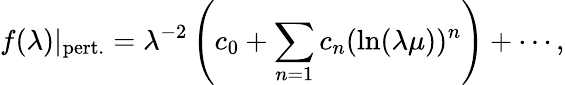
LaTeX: f(\lambda)\vert_{\mathrm{pert.}}=\lambda^{-2}\left(c_{0}+\sum_{n=1}c_{n}(\ln(\lambda\mu))^{n}\right)+\cdots,